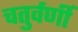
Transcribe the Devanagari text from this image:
चतुर्वर्णी